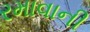
રમાવાની